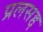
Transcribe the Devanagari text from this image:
प्रलसद्द